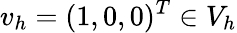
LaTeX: v_{h}=(1,0,0)^{T}\in V_{h}